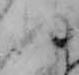
ぬ